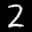
Label: 2